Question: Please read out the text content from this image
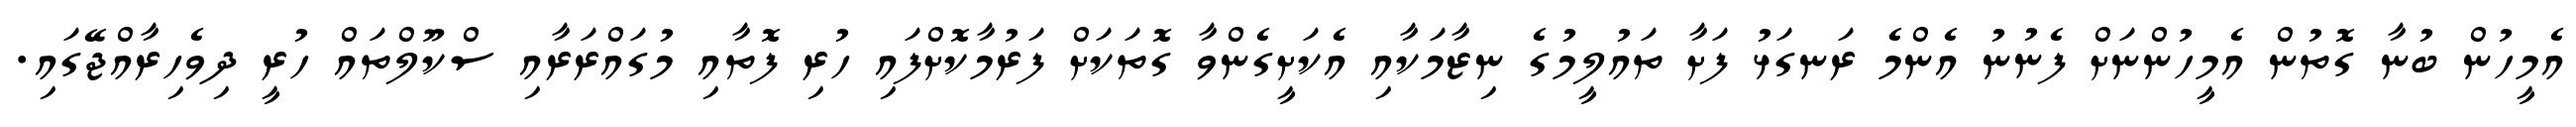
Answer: އެމީހުން ބުނާ ގޮތުން އެމީހުންނަށް ފެނުނު އެންމެ ރަނގަޅު ފަށާ ތައުލީމުގެ ނިޒާމަކާއި އެކަށީގެންވާ ގޮތަކަށް ފަރުމާކޮށްފައި ހުރި ފޮތާއި މުގައްރަރާއި ސްކޫލްތައް ހުރީ ދިވެހިރާއްޖޭގައި.